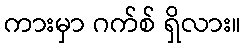
ကားမှာ ဂက်စ် ရှိလား။